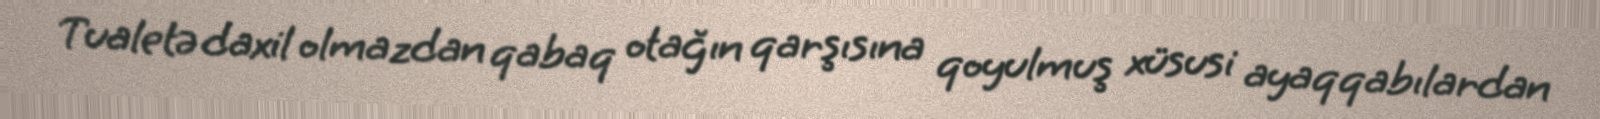
Tualetə daxil olmazdan qabaq otağın qarşısına qoyulmuş xüsusi ayaqqabılardan